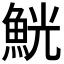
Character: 𩶸